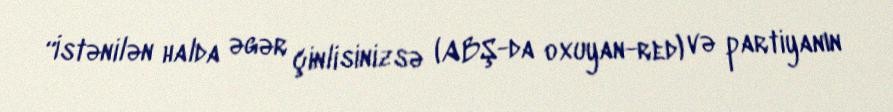
“İstənilən halda əgər çinlisinizsə (ABŞ-da oxuyan-red) və partiyanın